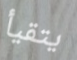
يتقيأ